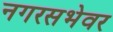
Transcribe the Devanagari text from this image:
नगरसभेवर